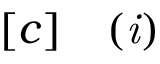
\begin{array} { r l } { [ c ] } & { { } \mathit { ( i ) } } \end{array}